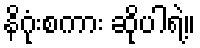
နိဂုံးစကား ဆိုပါရဲ့။